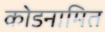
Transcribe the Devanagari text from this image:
कोडनामित